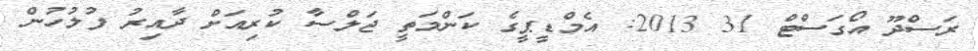
ރަސްދޫ އޯގަސްޓް 31 2013: އެމްޑީޕީގެ ކަންމަތީ ޖަލްސާ ކުރިއަށް ދާއިރު ފުލުހުން